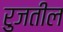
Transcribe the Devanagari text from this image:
रुजतील